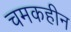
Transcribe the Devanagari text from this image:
चमकहीन